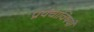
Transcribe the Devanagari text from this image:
प्रपंचाविषयी